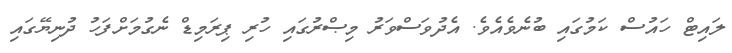
ލައިޓް ހައުސް ކަމުގައި ބުނެވެއެވެ. އެދުވަސްވަރު މިޞްރުގައި ހުރި ޕިރަމިޑް ނެގުމަށްފަހު ދުނިޔޭގައި